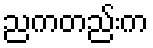
ညကတည်းက